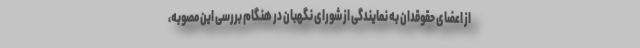
از اعضای حقوقدان به نمایندگی از شورای نگهبان در هنگام بررسی این مصوبه،